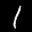
Label: 1